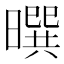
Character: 𰖮